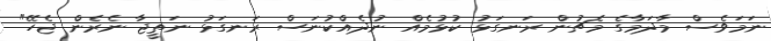
ނަމަވެސް މާދަމާގެ މެޗުން ރަނގަޅު ކުޅުމެއް ނުދެއްކުނަސް ރަނގަޅު ނަތީޖާ ނެރެން ޖެހޭ"